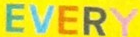
EVERY